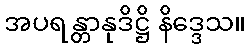
အပရန္တာနုဒိဋ္ဌိ နိဒ္ဒေသ။